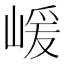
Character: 嵈